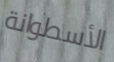
الأسطوانة